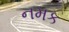
નમક